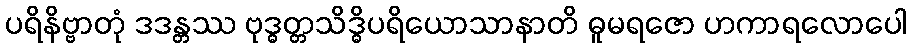
ပရိနိဗ္ဗာတုံ ဒဒန္တဿ ဗုဒ္ဓတ္တသိဒ္ဓိပရိယောသာနာတိ ဓူမရဇော ဟကာရလောပေါ